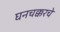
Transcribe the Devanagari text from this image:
घनचक्करचे